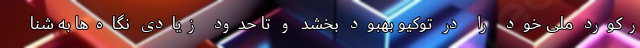
رکورد ملی خود را در توکیو بهبود بخشد و تا حدود زیادی نگاه‌ها به شنا